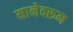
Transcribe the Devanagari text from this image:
मानेवरून